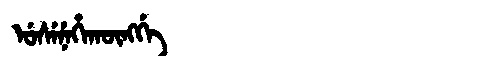
Manchu: ᡠᠰᡝᠨᡝᡥᠠᡴᡡᠩᡤᡝ
Romanization: USENEHAKŪNGGE